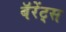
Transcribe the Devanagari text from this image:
बॅरेंट्‌स